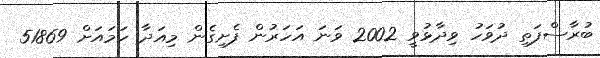
ބުރާސްފަތި ދުވަހު ވިދާޅުވީ 2002 ވަނަ އަހަރުން ފެށިގެން މިއަދާ ހަމައަށް 51869